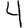
Digit: 4